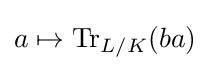
a\mapsto \operatorname {Tr} _{L/K}(ba)